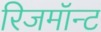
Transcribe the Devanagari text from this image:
रिजमॉन्ट